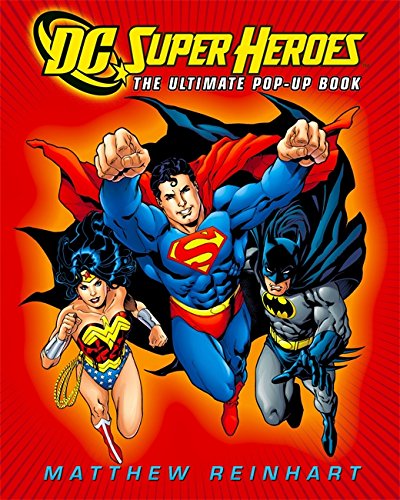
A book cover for DC Super Heroes: The Ultimate Pop-Up Book; DC Comics; Children's Books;